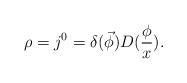
LaTeX: \begin{align*}\rho =j^0=\delta (\vec \phi )D(\frac \phi x).\end{align*}